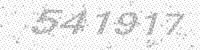
Solution: 541917